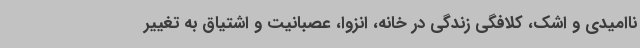
ناامیدی و اشک، کلافگی زندگی در خانه، انزوا، عصبانیت و اشتیاق به تغییر